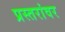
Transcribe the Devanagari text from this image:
प्रस्तरांवर